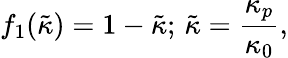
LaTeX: f_{1}(\tilde{\kappa})=1-\tilde{\kappa};\, \tilde{\kappa}=\frac{\kappa_{p}}{\kappa_{0}},